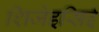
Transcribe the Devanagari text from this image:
शिजेइसिई